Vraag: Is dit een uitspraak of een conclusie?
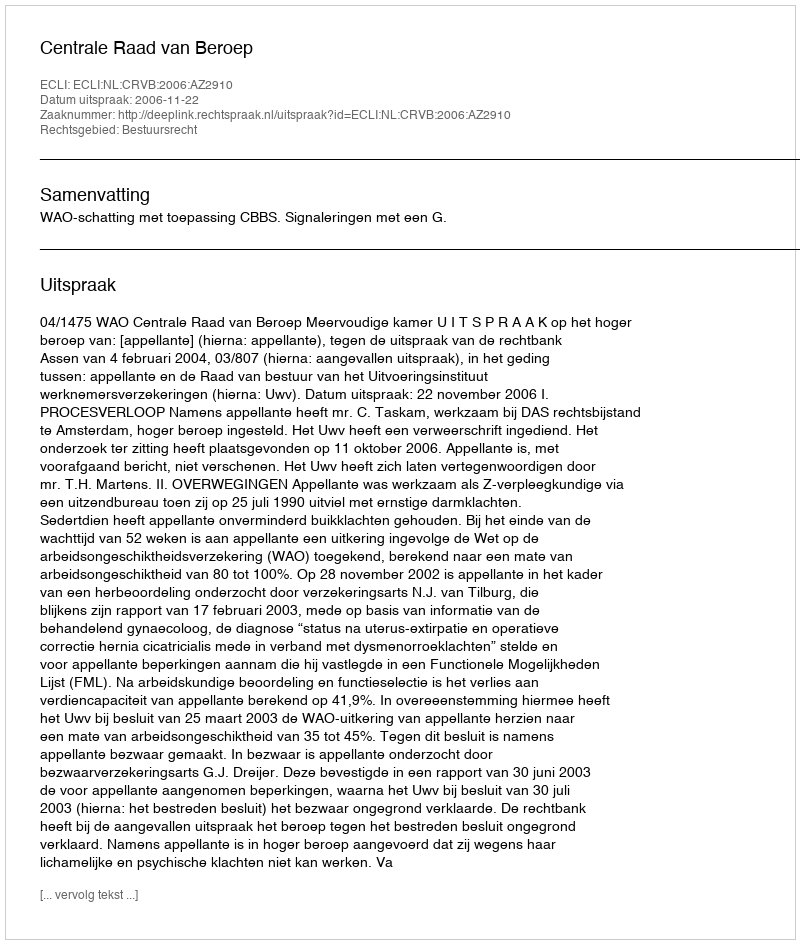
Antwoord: Uitspraak